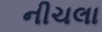
નીચલા